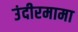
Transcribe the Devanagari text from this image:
उंदीरमामा